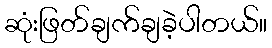
ဆုံးဖြတ်ချက်ချခဲ့ပါတယ်။